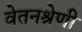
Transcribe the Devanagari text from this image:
वेतनश्रेणी